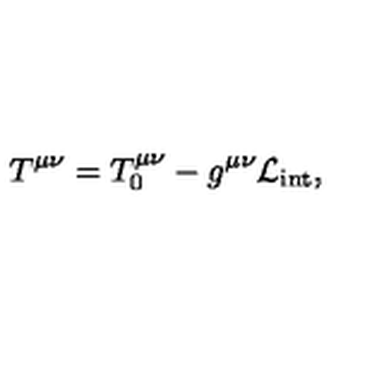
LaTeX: T ^ { \mu \nu } = T _ { 0 } ^ { \mu \nu } - g ^ { \mu \nu } \mathcal { L } _ { \mathrm { i n t } } ,